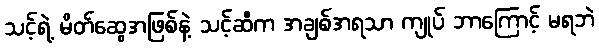
သင့်ရဲ့ မိတ်ဆွေအဖြစ်နဲ့ သင့်ဆီက အချစ်အရသာ ကျုပ် ဘာကြောင့် မရဘဲ